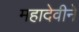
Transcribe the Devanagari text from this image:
महादेवीने